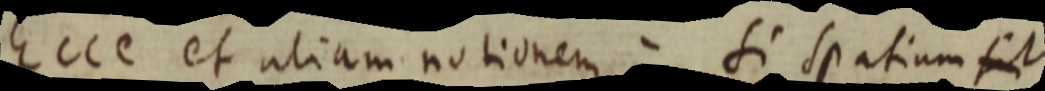
Ecce et aliam notionem si spatium fit